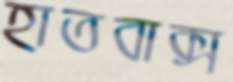
হাতবাক্স